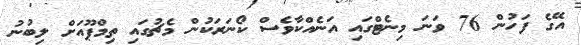
އޭގެ ފަހުން 76 ވަނަ މިނެޓްގައި އަނެއްކާވެސް ކޯނަރަކުން މެޗުގައި ތިމްޕޫއަށް ލިބުނު